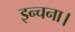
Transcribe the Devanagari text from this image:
इन्चना।